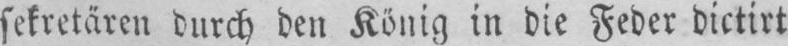
sekretären durch den König in die Feder dictirt